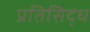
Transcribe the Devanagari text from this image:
प्रतिसिद्ध